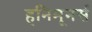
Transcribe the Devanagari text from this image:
हनिमूनर्स